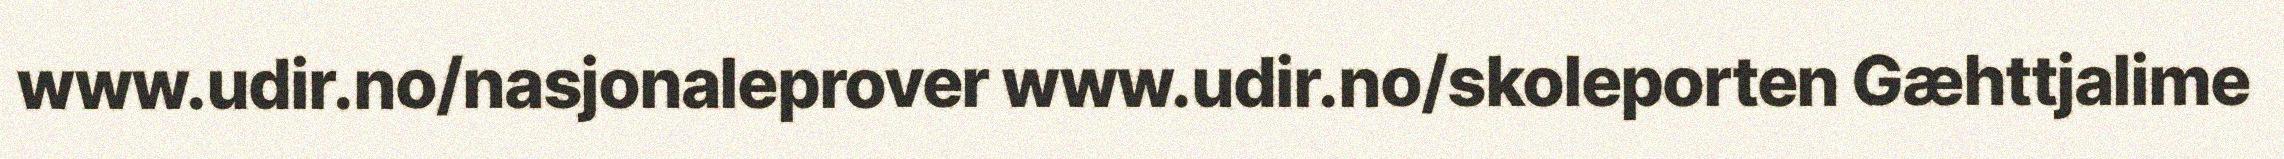
www.udir.no/nasjonaleprover www.udir.no/skoleporten Gæhttjalime